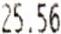
25.56